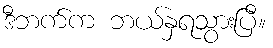
ဒီဘက်က ဘယ်နှရသွားပြီ။